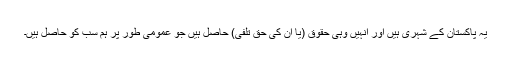
یہ پاکستان کے شہری ہیں اور انہیں وہی حقوق (یا ان کی حق تلفی) حاصل ہیں جو عمومی طور پر ہم سب کو حاصل ہیں۔